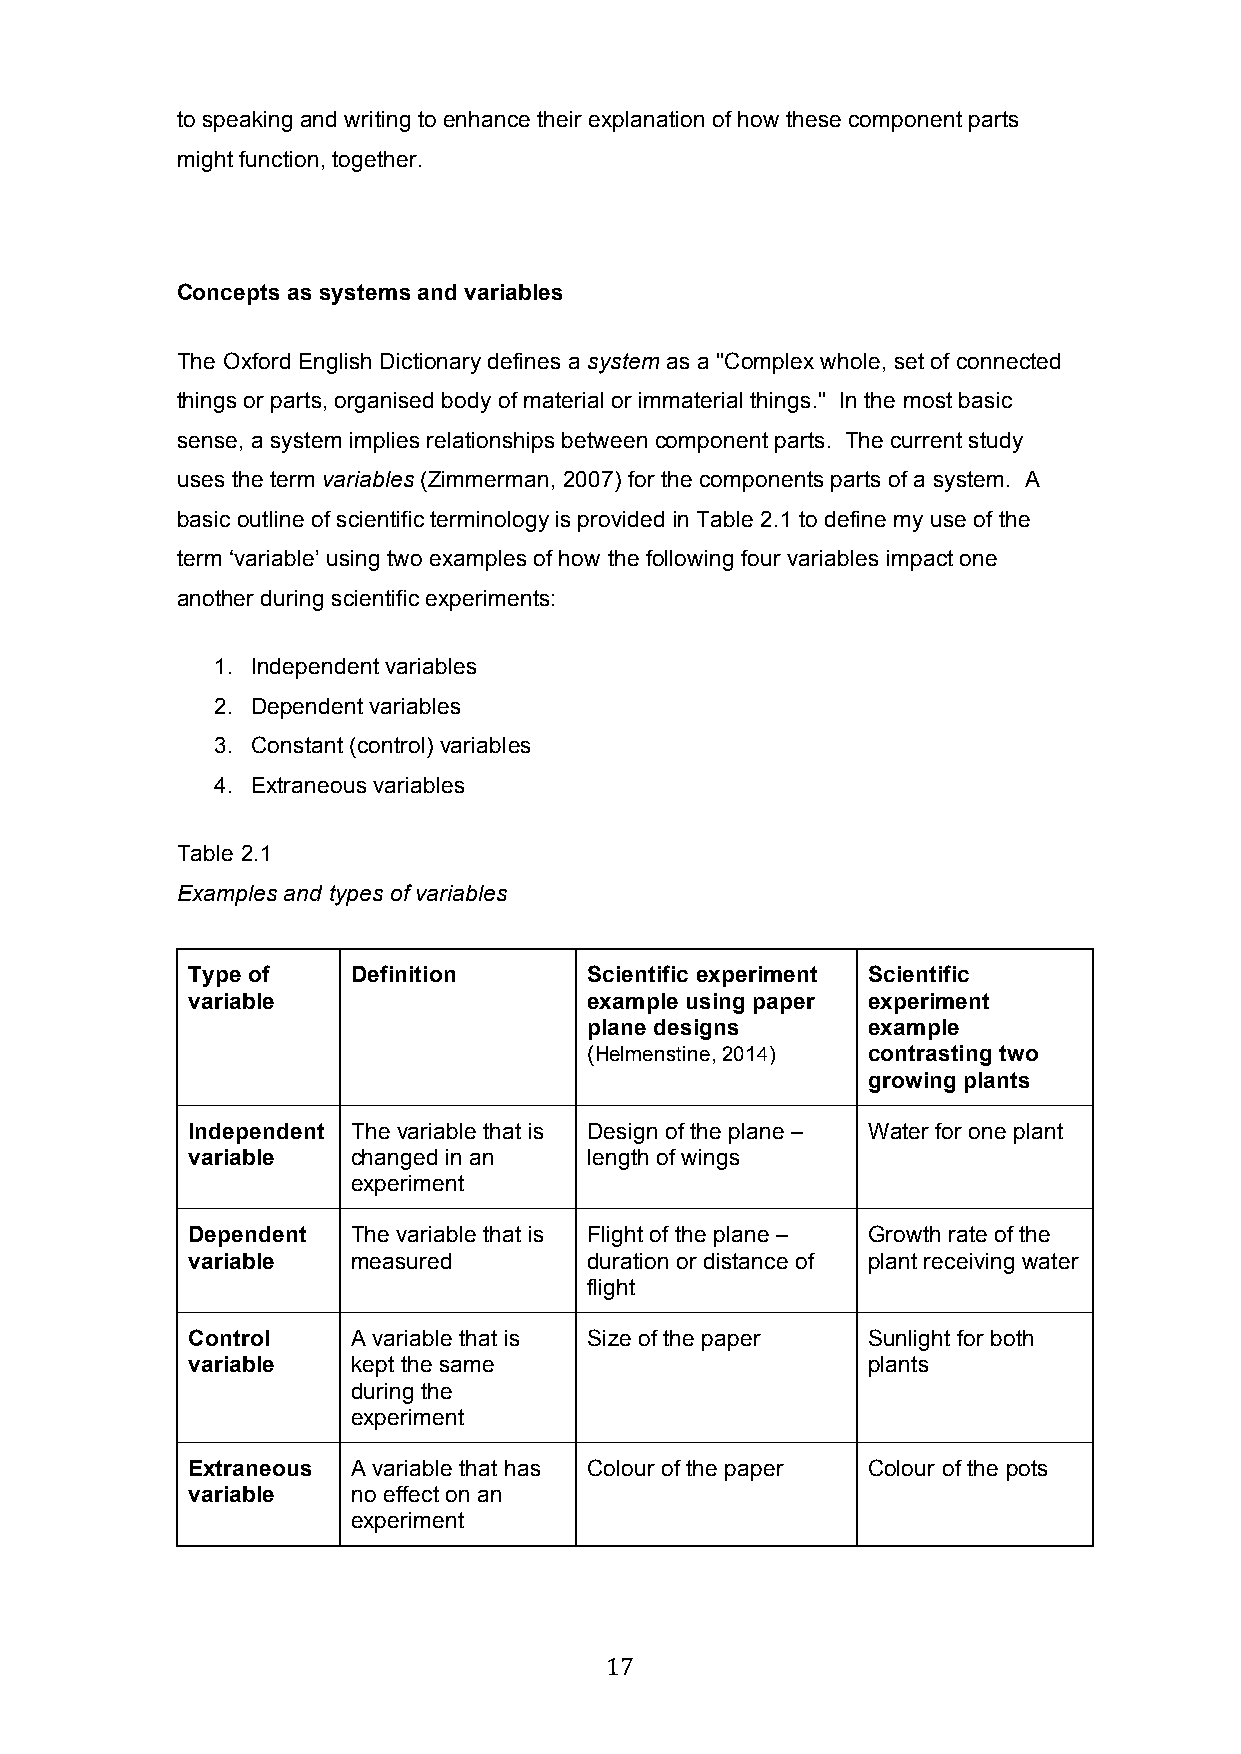
to speaking and writing to enhance their explanation of how these component parts
 might function, together.
 Concepts as systems and variables
 The Oxford English Dictionary defines a system as a "Complex whole, set of connected
 things or parts, organised body of material or immaterial things." In the most basic
 sense, a system implies relationships between component parts. The current study
 uses the term variables (Zimmerman, 2007) for the components parts of a system. A
 basic outline of scientific terminology is provided in Table 2.1 to define my use of the
 term ‘variable’ using two examples of how the following four variables impact one
 another during scientific experiments:
 1. Independent variables
 2. Dependent variables
 3. Constant (control) variables
 4. Extraneous variables
 Table 2.1
 Examples and types of variables
 Type of    Definition      Scientific experiment Scientific
 variable                   example using paper experiment
 plane designs     example
 (Helmenstine, 2014) contrasting two
 growing plants
 Independent The variable that is Design of the plane – Water for one plant
 variable   changed in an   length of wings
 experiment
 Dependent  The variable that is Flight of the plane – Growth rate of the
 variable   measured        duration or distance of plant receiving water
 flight
 Control    A variable that is Size of the paper Sunlight for both
 variable   kept the same                     plants
 during the
 experiment
 Extraneous A variable that has Colour of the paper Colour of the pots
 variable   no effect on an
 experiment
 17